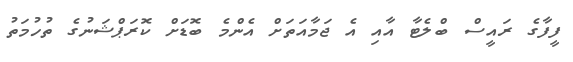
ފީފާގެ ރައީސް ބްލެޓާ އާއި އެ ޖަމާއަތަށް އެންމެ ބޮޑަށް ކޮރަޕްޝަނުގެ ތުހުމަތު